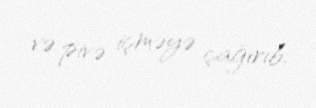
və pivə içməyə çağırıb.